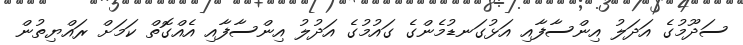
ސަދޫމުގެ އަދަލު އިންސާފާއި އަޅުގަނޑުމެންގެ ގައުމުގެ އަދުލު އިންސާފާއި އެއްގޮތް ކަމަށް ރައްޔިތުން